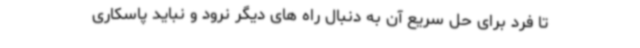
تا فرد برای حل سریع آن به دنبال راه های دیگر نرود و نباید پاسکاری